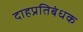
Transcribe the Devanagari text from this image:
दाहप्रतिबंधक